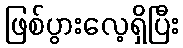
ဖြစ်ပွားလေ့ရှိပြီး